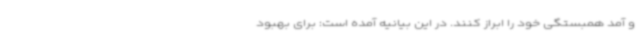
و آمد همبستگی خود را ابراز کنند. در این بیانیه آمده است: برای بهبود